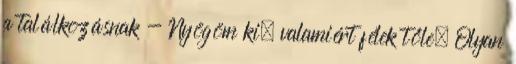
a találkozásnak - Nyögöm ki, valamiért félek tőle. Olyan